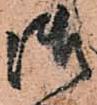
御